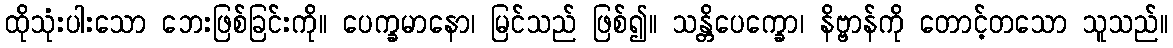
ထိုသုံးပါးသော ဘေးဖြစ်ခြင်းကို။ ပေက္ခမာနော၊ မြင်သည် ဖြစ်၍။ သန္တိပေက္ခော၊ နိဗ္ဗာန်ကို တောင့်တသော သူသည်။